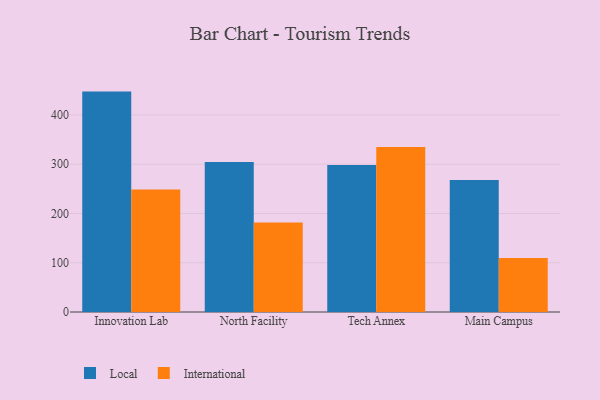
{"axis": {"x": "Campus", "y": "Customer Acquisition Cost (USD)"}, "legend": ["International", "Local"], "data": [{"x": "Innovation Lab", "y": 447.4, "type": "Local"}, {"x": "Innovation Lab", "y": 248.9, "type": "International"}, {"x": "North Facility", "y": 304.7, "type": "Local"}, {"x": "North Facility", "y": 181.6, "type": "International"}, {"x": "Tech Annex", "y": 298.3, "type": "Local"}, {"x": "Tech Annex", "y": 334.9, "type": "International"}, {"x": "Main Campus", "y": 267.7, "type": "Local"}, {"x": "Main Campus", "y": 109.4, "type": "International"}]}